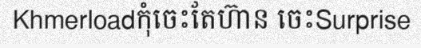
Khmerloadកុំចេះតែហ៊ាន ចេះSurprise